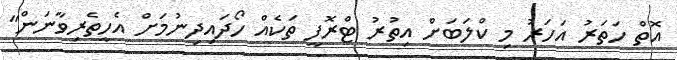
އޮތް ހަތަރު އަހަރު މި ކްލަބަށް އިތުރު ޓްރޮފީ ތަކެއް ހޯދައިދިނުމަށް އެހީތެރިވާނަން"